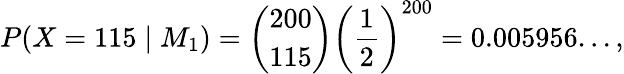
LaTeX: P(X=115\mid M_{1})={\binom{200}{115}}\left({\frac{1}{2}}\right)^{200}=0.005956...,